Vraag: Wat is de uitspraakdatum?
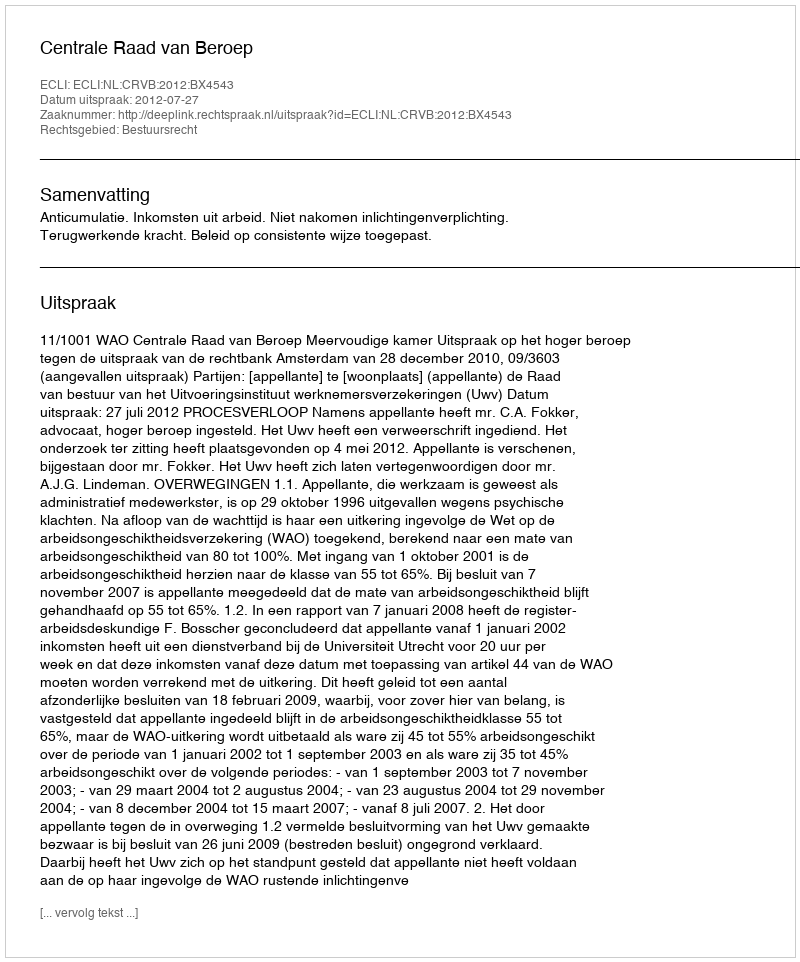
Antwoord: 2012-07-27